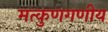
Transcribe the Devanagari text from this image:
मत्कुणगणीय